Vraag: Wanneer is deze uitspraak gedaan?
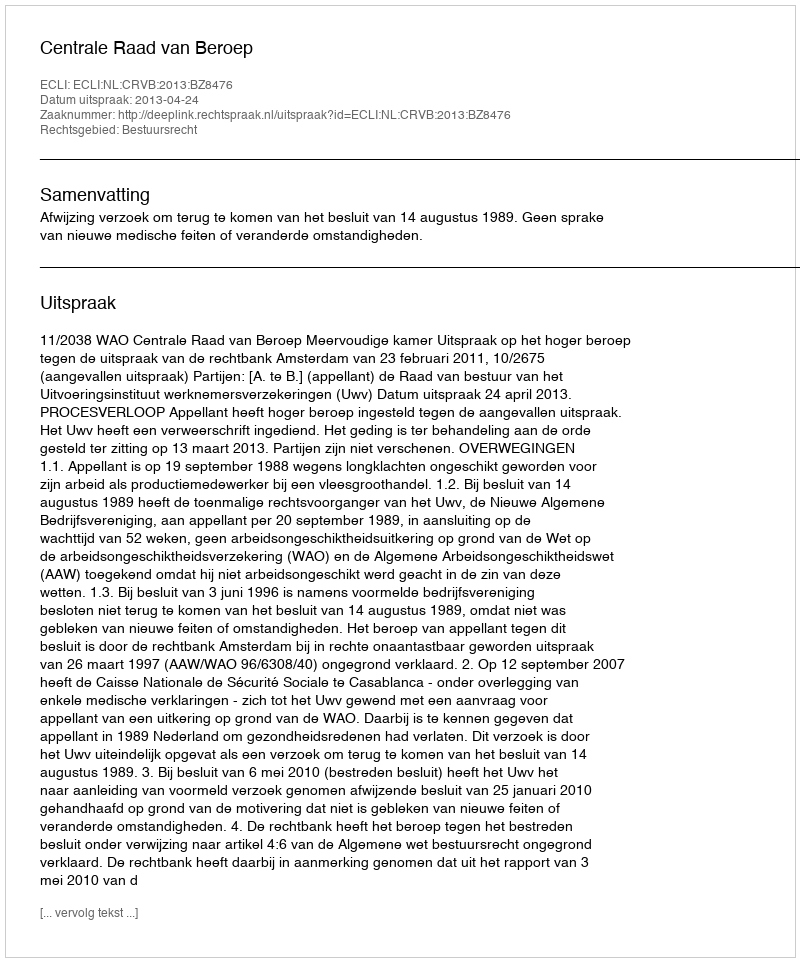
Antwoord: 2013-04-24